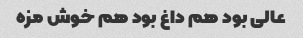
عالی بود هم داغ بود هم خوش مزه